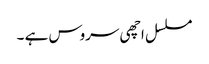
مسلسل اچھی سروس ہے ۔